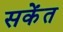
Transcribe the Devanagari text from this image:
सकेंत